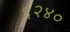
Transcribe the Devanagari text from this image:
६२४०